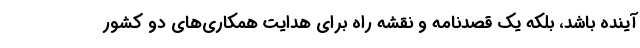
آینده باشد، بلکه یک قصدنامه و نقشه راه برای هدایت همکاری‌های دو کشور